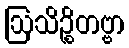
ဩသိဉ္စိတဗ္ဗာ